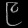
Digit: ၉